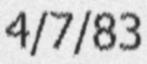
4/7/83